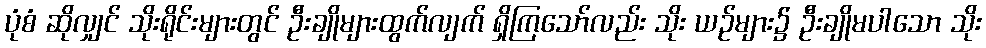
ပုံစံ ဆိုလျှင် သိုးရိုင်းများတွင် ဦးချိုများထွက်လျက် ရှိကြသော်လည်း သိုး ယဉ်များ၌ ဦးချိုမပါသော သိုး